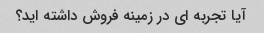
آیا تجربه ای در زمینه فروش داشته اید؟